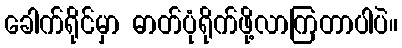
ခေါက်ရိုင်မှာ ဓာတ်ပုံရိုက်ဖို့လာကြတာပါပဲ။